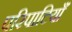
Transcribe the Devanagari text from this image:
परिपाटियाँ